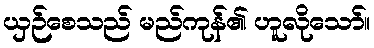
ယှဉ်စေသည် မည်ကုန်၏ ဟူလိုသော်။